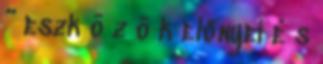
” eszk ö z ö k előnyei é s